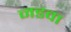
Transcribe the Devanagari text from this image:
नडवा